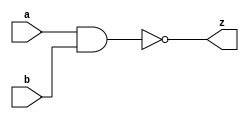
// This program was cloned from: https://github.com/siliconcompiler/lambdalib
// License: MIT License

//#############################################################################
//# Function: 2 Input Clock Nand Gate                                         #
//# Copyright: Lambda Project Authors. All rights Reserved.                   #
//# License:  MIT (see LICENSE file in Lambda repository)                     #
//#############################################################################

module la_clknand2 #(
    parameter PROP = "DEFAULT"
) (
    input  a,
    input  b,
    output z
);

    assign z = ~(a & b);

endmodule